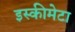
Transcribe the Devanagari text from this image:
इस्कीमेटा